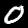
Digit: 0